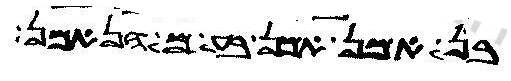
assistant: מן אדמה שבע זבנואן